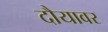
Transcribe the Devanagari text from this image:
दौयावर